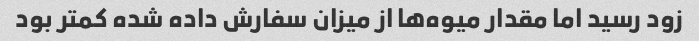
زود رسید اما مقدار میوه‌ها از میزان سفارش داده شده کمتر بود